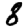
Digit: 8